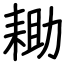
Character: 耡